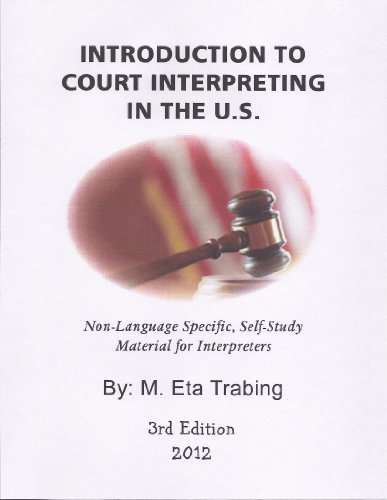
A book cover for Introduction to Court Interpreting in the U.S.; M.Eta Trabing; Law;